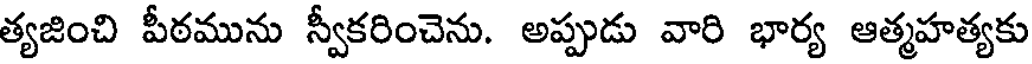
త్యజించి పీఠమును స్వీకరించెను. అప్పుడు వారి భార్య ఆత్మహత్యకు